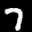
Label: 7